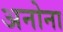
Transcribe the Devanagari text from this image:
अनोना